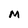
Character: M